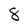
Character: 8